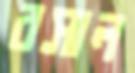
রসাল